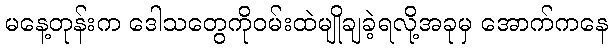
မနေ့တုန်းက ဒေါသတွေကိုဝမ်းထဲမျိုချခဲ့ရလို့အခုမှ အောက်ကနေ